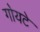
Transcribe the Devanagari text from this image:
गोयटे